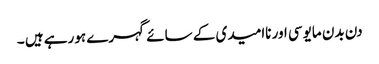
دن بدن مایوسی اور ناامیدی کے سائے گہرے ہورہے ہیں ۔